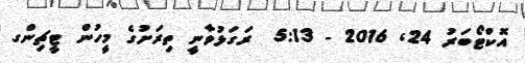
އޮކްޓޯބަރު 24